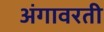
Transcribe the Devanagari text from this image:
अंगावरती